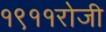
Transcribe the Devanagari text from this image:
१९११रोजी